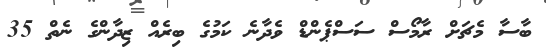
ބާސާ މެޗަށް ރާމޯސް ސަސްޕެންޑް ވެދާނެ ކަމުގެ ބިރެއް ޒިދާންގެ ނެތް 35